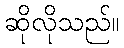
ဆိုလိုသည်။